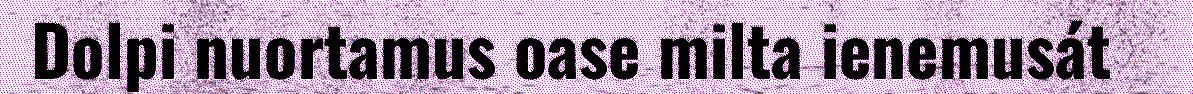
Dolpi nuortamus oase milta ienemusát